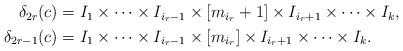
LaTeX: \begin{align*}\begin{aligned}\delta_{2r}(c)&=I_1\times\cdots\times I_{i_r-1}\times[m_{i_r}+1]\times I_{i_r+1}\times\cdots\times I_{k}, \\ \delta_{2r-1}(c)&=I_1\times\cdots\times I_{i_r-1}\times[m_{i_r}]\times I_{i_r+1}\times\cdots\times I_{k}.\end{aligned}\end{align*}